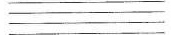
___